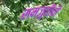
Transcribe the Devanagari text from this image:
समजुतीची